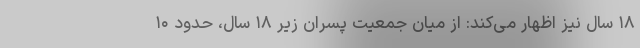
۱۸ سال نیز اظهار می‌کند: از میان جمعیت پسران زیر ۱۸ سال، حدود ۱۰